Annual administration report of the Civil Veterinary Department, Ajmere-Merwara, British Rajputana - 1914-1940
Year: 1914
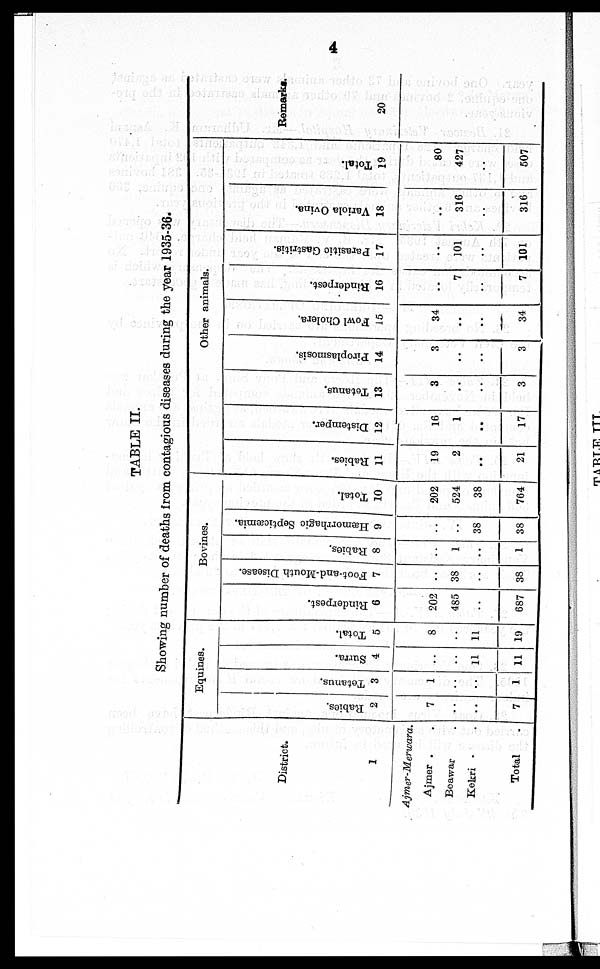
4
TABLE II.
Showing number of deaths from contagious diseases during the year 1935-36.
District.
1
Ajmer-Merwara.
Ajmer . .
Beawar .
Kekri . .
Total .
Equines.
Rabies.
2
7
..
..
7
Tetanus.
3
1
..
..
1
Surra.
4
..
..
11
11
Total.
5
8
..
11
19
Bovines.
Rinderpest.
6
202
485
..
687
Foot-and-Mouth Disease.
7
..
38
..
38
Rabies.
8
..
1
..
1
Hæmorrhagic Septicæmia.
9
..
..
38
38
Total.
10
202
524
38
764
Other animals.
Rabies.
11
19
2
..
21
Distemper.
12
16
1
..
17
Tetanus.
13
3
..
..
3
Piroplasmosis.
14
3
..
..
3
Fowl Cholera.
15
34
..
..
34
Rinderpest.
16
..
7
..
7
Parasitic Gastritis.
17
..
101
..
101
Variola Ovina.
18
..
316
..
316
Total.
19
80
427
..
507
Remarks.
20